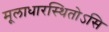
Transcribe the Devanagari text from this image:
मूलाधारस्थितोऽसि